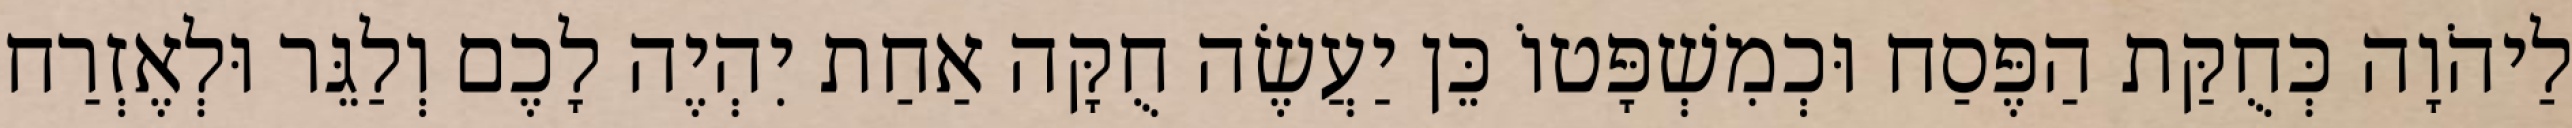
לַיהֹוָה כְּחֻקַּת הַפֶּסַח וּכְמִשְׁפָּטוֹ כֵּן יַעֲשֶׂה חֻקָּה אַחַת יִהְיֶה לָכֶם וְלַגֵּר וּלְאֶזְרַח